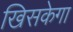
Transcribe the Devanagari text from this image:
खिसकेगा